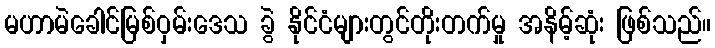
မဟာမဲခေါင်မြစ်ဝှမ်းဒေသ ခွဲ နိုင်ငံများတွင်တိုးတက်မှု အနိမ့်ဆုံး ဖြစ်သည်။